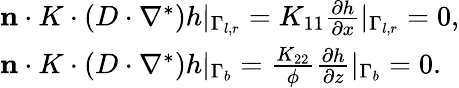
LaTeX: \begin{array}{r}{\begin{array}{l}{\mathbf{n}\cdot K\cdot(D\cdot\nabla^{*})h|_{\Gamma_{l,r}}=K_{11}\frac{\partial h}{\partial x}|_{\Gamma_{l,r}}=0,}\\ {\mathbf{n}\cdot K\cdot(D\cdot\nabla^{*})h|_{\Gamma_{b}}=\frac{K_{22}}{\phi}\frac{\partial h}{\partial z}|_{\Gamma_{b}}=0.}\end{array}}\end{array}